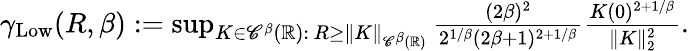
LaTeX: \begin{array}{r}{\gamma_{\mathrm{Low}}(R,\beta):=\operatorname*{sup}_{K\in{\mathscr C}^{\beta}({\mathbb R}):\, R\geq\| K\| _{{\mathscr C}^{\beta}({\mathbb R})}}\frac{(2\beta)^{2}}{2^{1/\beta}(2\beta+1)^{2+1/\beta}}\frac{K(0)^{2+1/\beta}}{\| K\| _{2}^{2}}.}\end{array}